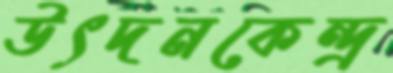
উৎদনকেন্দ্র